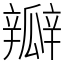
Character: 瓣